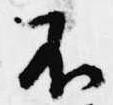
不